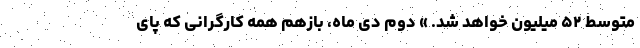
متوسط ۵۲ میلیون خواهد شد. » دوم دی ماه، بازهم همه کارگرانی که پای